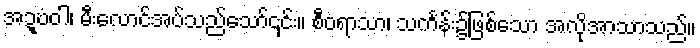
အဍ္ဎံဝါ၊ မီးလောင်အပ်သည်သော်၎င်း။ စီဝရာသာ၊ သင်္ကန်း၌ဖြစ်သော အလိုအာသာသည်။